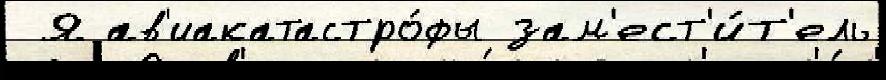
 Я ав'иакатастро́фы зам'ест'и́т'ель